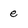
Character: e